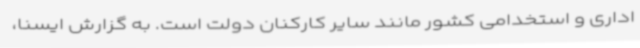
اداری و استخدامی کشور مانند سایر کارکنان دولت است. به گزارش ایسنا،